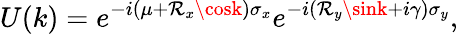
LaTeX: U(k)=e^{-i(\mu+\mathcal{R}_{x}\cosk)\sigma_{x}}e^{-i(\mathcal{R}_{y}\sink+i\gamma)\sigma_{y}},